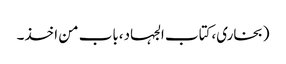
(بخاری،کتاب الجہاد،باب من اخذ۔